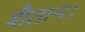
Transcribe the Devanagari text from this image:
शैतान।